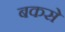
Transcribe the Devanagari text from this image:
बकसे